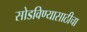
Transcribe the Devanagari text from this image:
सोडविण्यासाठीचा